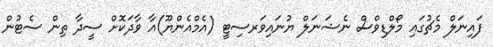
ފައިނަލް މެޗުގައި މޯލްޑިވްސް ނެޝަނަލް ޔުނައިވަރސިޓީ (އެމްއެންޔޫ)އާ ވާދަކޮށް ސީދާ ތިން ސެޓުން